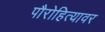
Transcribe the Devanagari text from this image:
पौरोहित्यावर